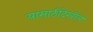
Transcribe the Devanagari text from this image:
यासाठीदेखील